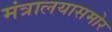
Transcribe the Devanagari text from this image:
मंत्रालयासमोर